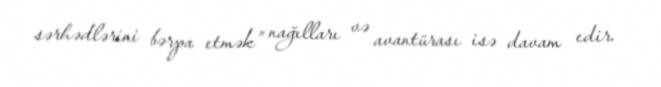
sərhədlərini bərpa etmək” nağılları və avantürası isə davam edir.